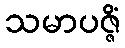
သမာပဇ္ဇိံ